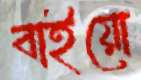
বাইয়ো